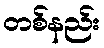
တစ်နည်း